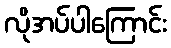
လိုအပ်ပါကြောင်း